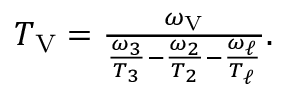
\begin{array} { r } { T _ { \mathrm { V } } = \frac { \omega _ { \mathrm { V } } } { \frac { \omega _ { 3 } } { T _ { 3 } } - \frac { \omega _ { 2 } } { T _ { 2 } } - \frac { \omega _ { \ell } } { T _ { \ell } } } . } \end{array}